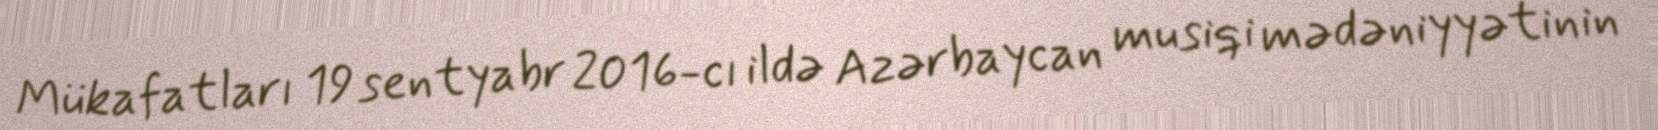
Mükafatları 19 sentyabr 2016-cı ildə Azərbaycan musiqi mədəniyyətinin